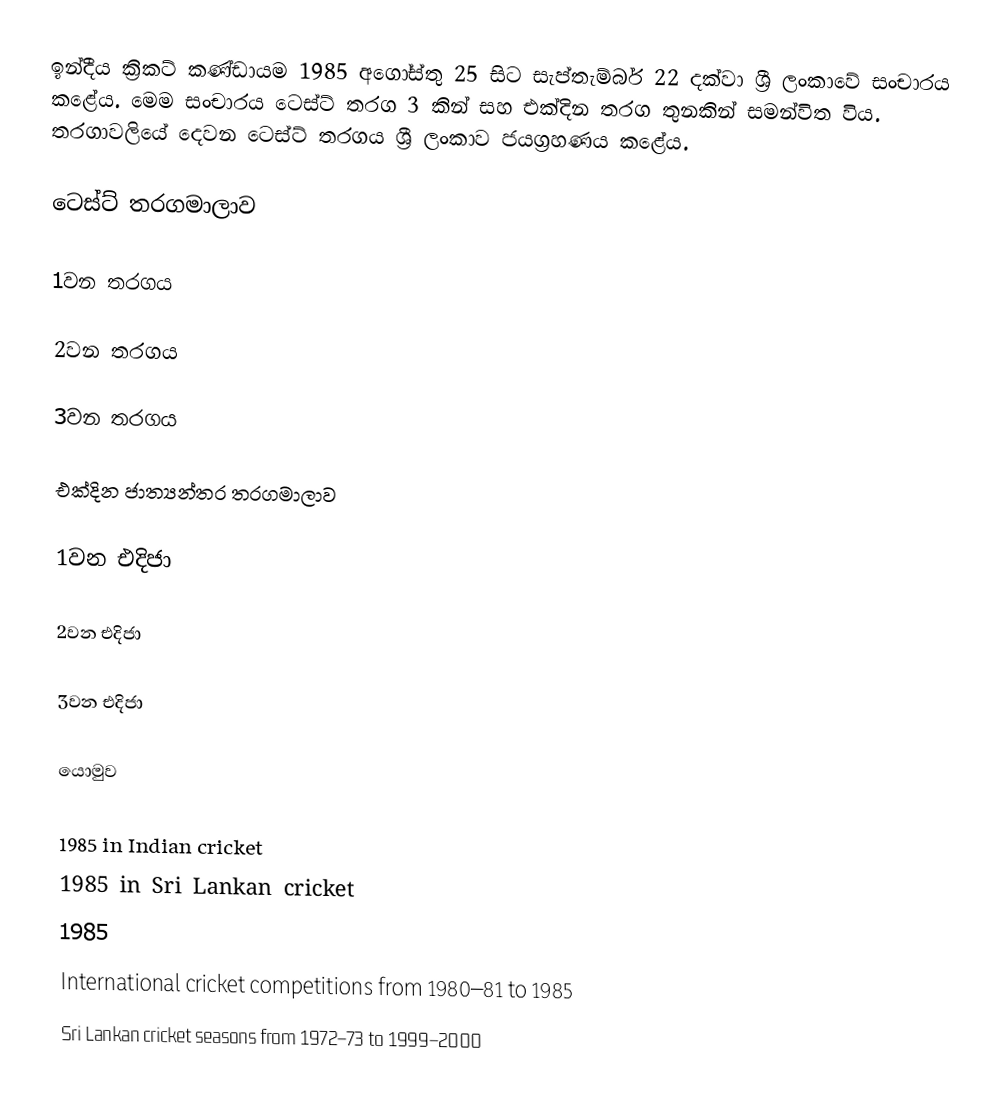
ඉන්දීය ක්‍රිකට් කණ්ඩායම 1985 අගෝස්තු 25 සිට සැප්තැම්බර් 22 දක්වා ශ්‍රී ලංකාවේ සංචාරය කළේය. මෙම සංචාරය ටෙස්ට් තරග 3 කින් සහ එක්දින තරග තුනකින් සමන්විත විය. තරගාවලියේ දෙවන ටෙස්ට් තරගය ශ්‍රී ලංකාව ජයග්‍රහණය කළේය.

ටෙස්ට් තරගමාලාව

1වන තරගය

2වන තරගය

3වන තරගය

එක්දින ජාත්‍යන්තර තරගමාලාව

1වන එදිජා

2වන එදිජා

3වන එදිජා

යොමුව

1985 in Indian cricket
1985 in Sri Lankan cricket
1985
International cricket competitions from 1980–81 to 1985
Sri Lankan cricket seasons from 1972–73 to 1999–2000